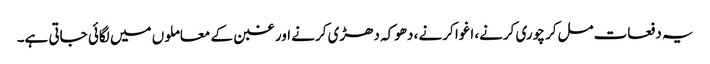
یہ دفعات مل‌کر چوری کرنے، اغوا کرنے ، دھوکہ دھڑی کرنے اور غبن کے معاملوں میں لگائی جاتی ہے۔